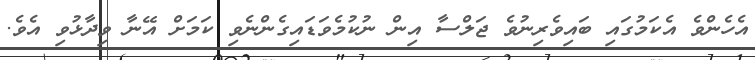
އެހެންވެ އެކަމުގައި ބައިވެރިނުވެ ޖަލްސާ އިން ނުކުމެވަޑައިގެންނެވި ކަމަށް އޭނާ ވިދާޅުވި އެވެ.